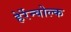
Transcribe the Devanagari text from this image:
हेर्रेन्वोल्क